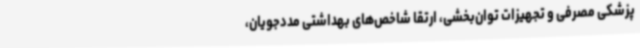
پزشکی مصرفی و تجهیزات توان‌بخشی، ارتقا شاخص‌های بهداشتی مددجویان،